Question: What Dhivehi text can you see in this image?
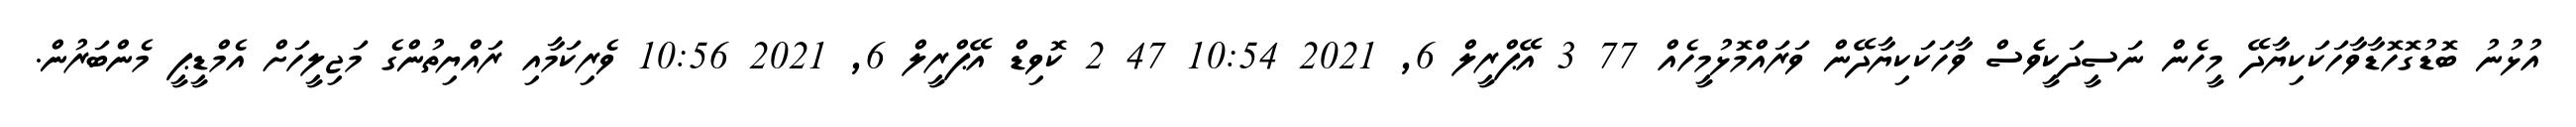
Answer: އުޅުނު ބޮޑުގޮހޮޑާވާހަކަކިޔާދޭ މީހެން ނަސީދަކީވެެސް ވާހަކަކިޔާދޭން ވަރައްމޮޅުމީހެއް 77 3 އޭޕްރީލް 6, 2021 10:54 47 2 ކޮވިޑް އޭޕްރީލް 6, 2021 10:56 ވެރިކަމާއި ރައްޔިތުންގެ މަޖިލީހަށް އެމްޑީޕީ މެންބަރުން.